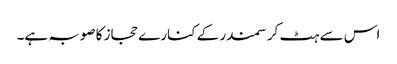
اس سے ہٹ کر سمندر کے کنارے حجاز کا صوبہ ہے۔